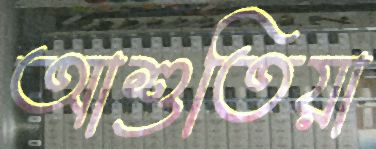
আশুতিয়া